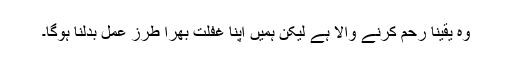
وہ یقیناً رحم کرنے والا ہے لیکن ہمیں اپنا غفلت بھرا طرز عمل بدلنا ہوگا۔